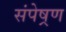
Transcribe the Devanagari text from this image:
संपेष्रण